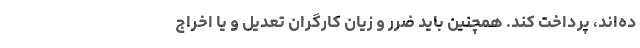
ده‌اند، پرداخت کند. همچنین باید ضرر و زیان کارگران تعدیل و یا اخراج